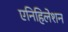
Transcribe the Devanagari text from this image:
एनिहिलेशन